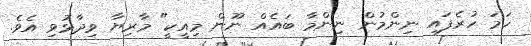
ހަމަ ހުރެފައި ނިންމުން ނިންމާ ބައެއް ނޫން މިއީކީ" މާރިޔާ ވިދާޅުވި އެވެ.